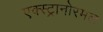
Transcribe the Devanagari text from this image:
एक्स्ट्रानोरमल